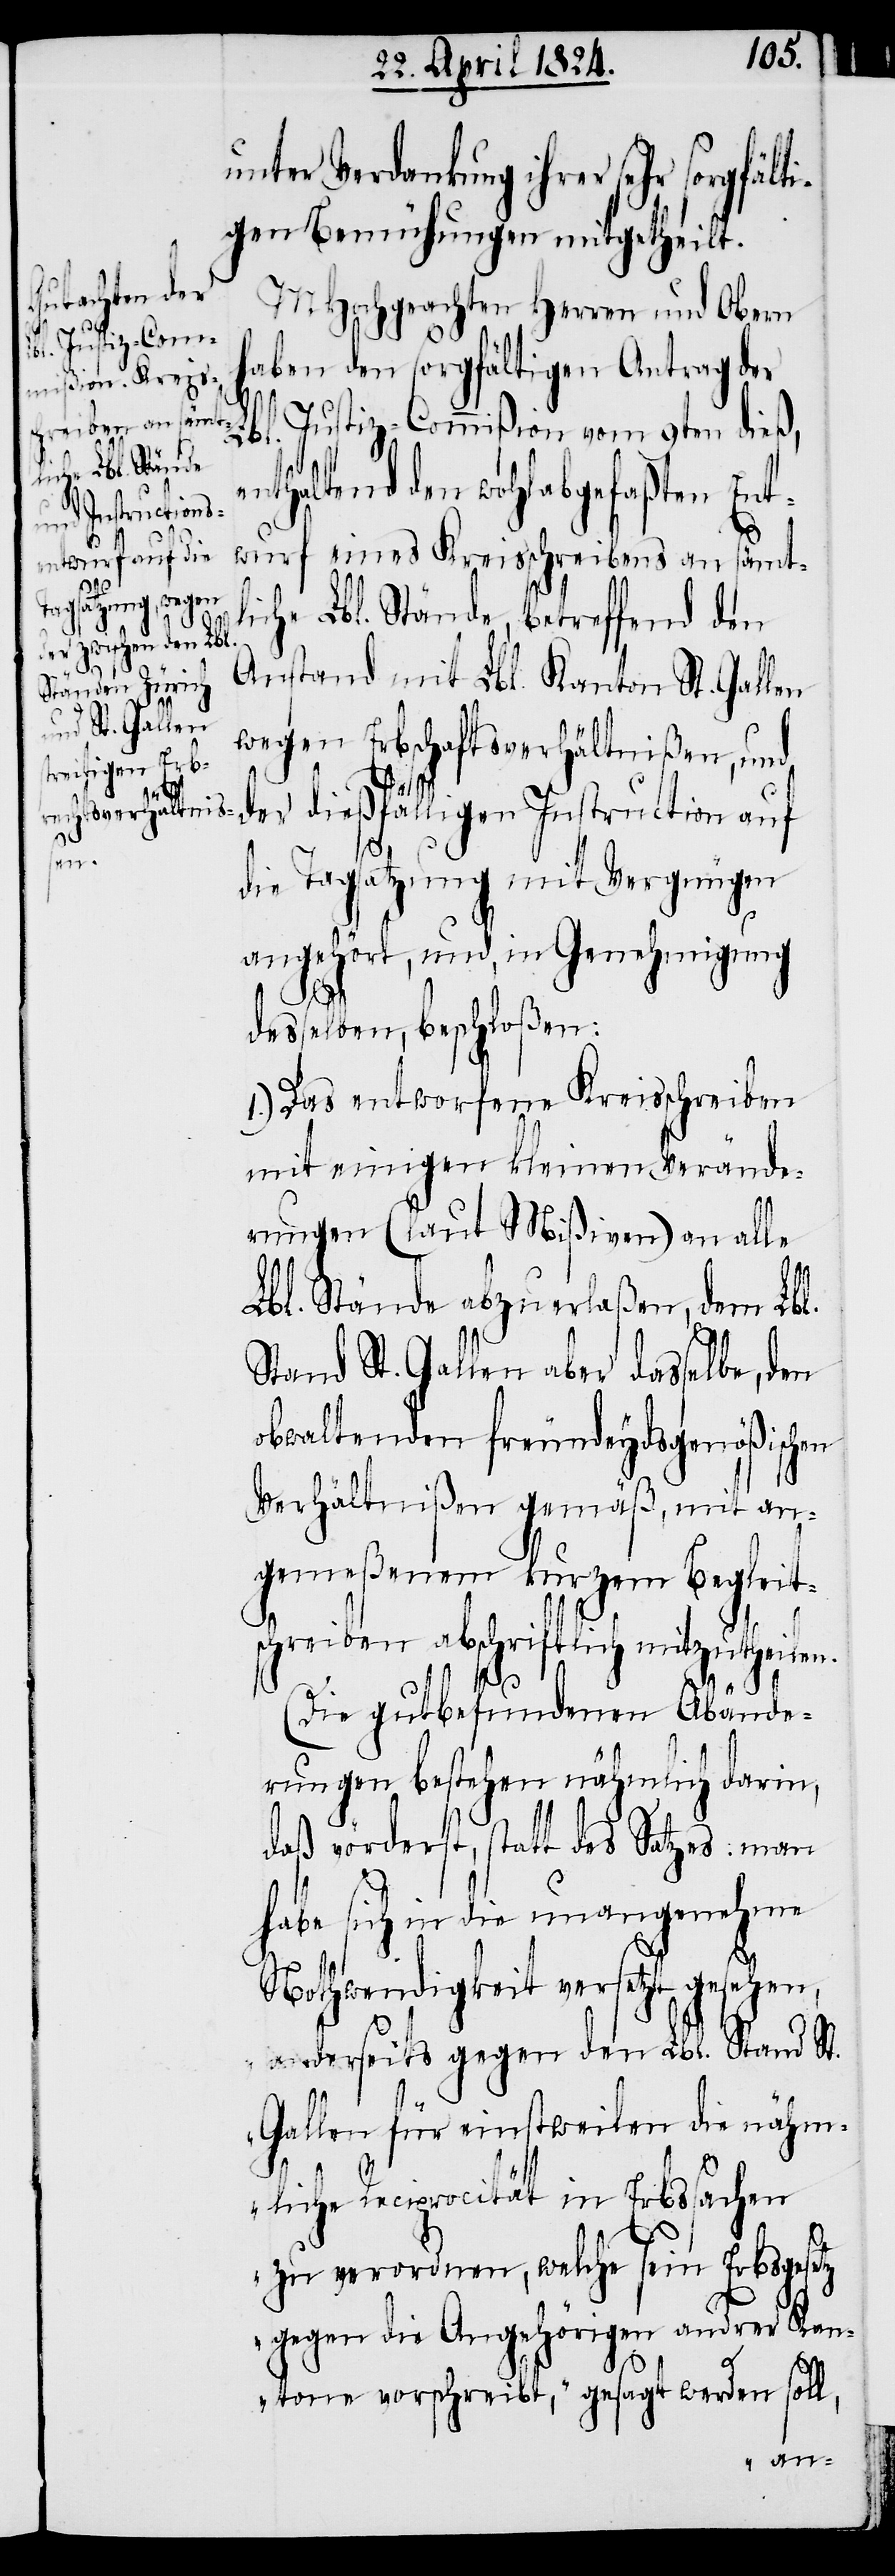
unter Verdankung ihrer sehr sorgfäl¬
tigen Bemühungen mitgetheilt.
MHochgeachten Herren und Obern
haben den sorgfältigen Antrag der
Lbl. Justiz-Commißion vom 9ten dieß,
enthaltend den wohlabgefaßten Ent¬
wurf eines Kreisschreiben an sämtl¬
iche Lbl. Stände, betreffend den
Anstand mit Lbl. Kanton St. Gallen
wegen Erbschaftsverhältnißen, und
der dießfälligen Instruction auf
die Tagsatzung mit Vergnügen
angehört, und, in Genehmigung
desselben beschloßen:
1.) Das entworfene Kreisschreiben
mit einigen kleinen Verände¬
rungen (laut Mißiven) an alle
Lbl. Stände abzuerlaßen, dem Lbl.
Stand St. Gallen aber dasselbe, den
obwaltenden freundeydsgenößischen
Verhältnißen gemäß, mit an¬
gemeßenem kurzem Begleit¬
schreiben abschriftlich mitzutheilen.
(Die gutbefundenen Abände¬
rungen bestehen nähmlich darin,
daß vörderst, statt des Satzes: man
habe sich in die unangenehme
Nothwendigkeit versetzt gesehen,
anderseits gegen den Lbl. Stand St.
Gallen für einstweilen die nähm¬
liche Reciprocität in Erbssachen
zu verordnen, welche sein Erbsgesetz
gegen die Angehörigen andrer Kan¬
tone vorschreibt, „gesagt werden soll,